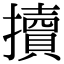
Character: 𢷺